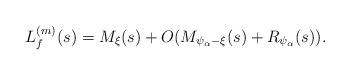
LaTeX: \begin{align*}L^{(m)}_f(s)=M_\xi(s)+O(M_{\psi_\alpha-\xi}(s)+R_{\psi_\alpha}(s)). \end{align*}